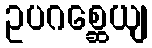
ဥပဂစ္ဆေယျ